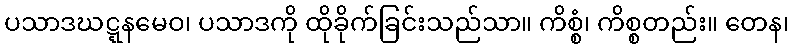
ပသာဒဃဋ္ဋနမေဝ၊ ပသာဒကို ထိုခိုက်ခြင်းသည်သာ။ ကိစ္စံ၊ ကိစ္စတည်း။ တေန၊